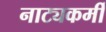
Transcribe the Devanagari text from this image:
नाट्यकर्मीं